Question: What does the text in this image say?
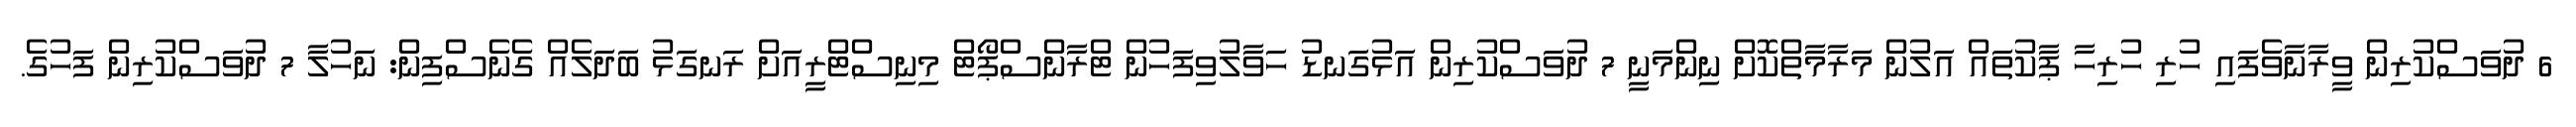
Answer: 6 ދުވަސްކުރިން ވީރާނާވެފައި ހުރި ހުރިހާ ޕާކުތައް އަލުން މަރާމާތްކޮށް ނިންމަނީ 7 ދުވަސްކުރިން އަޅުގަނޑު ހަވާލުވިފަހުން ޓްރާންސްޕޯޓް މިނިސްޓްރީއަށް ރަނގަޅު ބަދަލެއް ގެނެސްފިން: ނަހުލާ 7 ދުވަސްކުރިން ފަހުގެ.